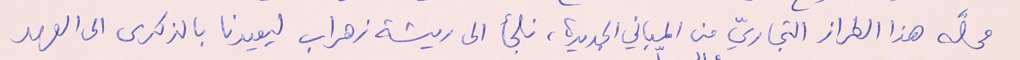
محلَّه هذا الطراز التجاريّ من المباني الجديدة، فلجأ الى ريشة زهراب ليعيدنا بالذكرى الى العهد